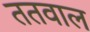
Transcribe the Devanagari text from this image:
ततवाल